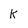
Character: k